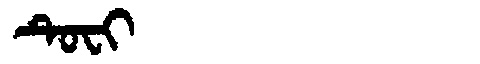
Manchu: ᡨᡠᠸᡳ
Romanization: TUFI